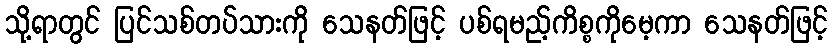
သို့ရာတွင် ပြင်သစ်တပ်သားကို သေနတ်ဖြင့် ပစ်ရမည့်ကိစ္စကိုမေ့ကာ သေနတ်ဖြင့်